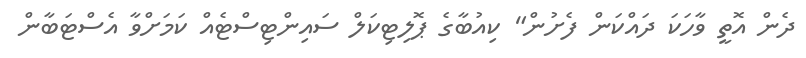
ދެން އޮތީ ވާހަކަ ދައްކަން ފެށުން" ކިއުބާގެ ޕޮލިޓިކަލް ސައިންޓިސްޓެއް ކަމަށްވާ އެސްޓަބާން